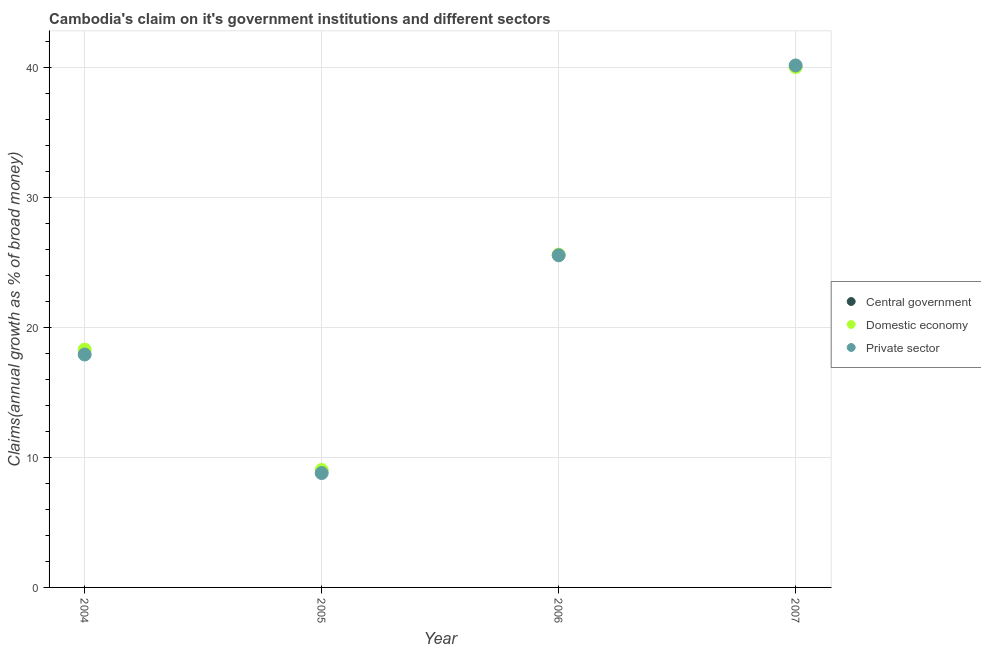
| Year | Central government | Domestic economy | Private sector |
 | --- | --- | --- | --- |
 | 2004 | -3.54 | 18.3 | 17.9 |
 | 2005 | -5.54 | 9.03 | 8.8 |
 | 2006 | -9.77 | 25.6 | 25.5 |
 | 2007 | -13.1 | 40 | 40.1 |